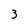
Character: 3